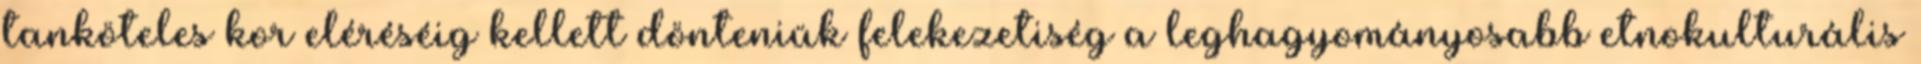
tanköteles kor eléréséig kellett dönteniük felekezetiség a leghagyományosabb etnokulturális